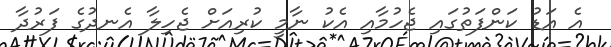
އެ އަޑު ކަންފަތުގައި ޖެހުމާއި އެކު ނާމީ ކުރިއަށް ޖެހިލާ އެނދުގެ ފަރުދާ